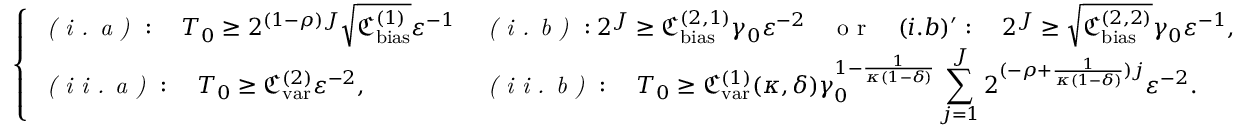
\left\{ \begin{array} { l l } { \displaystyle { \emph { ( i . a ) } : \quad T _ { 0 } \ge 2 ^ { ( 1 - \rho ) J } \sqrt { \mathfrak { C _ { \mathrm { b i a s } } ^ { ( 1 ) } } } \varepsilon ^ { - 1 } } } & { \displaystyle { \emph { ( i . b ) } : 2 ^ { J } \ge \mathfrak { C _ { \mathrm { b i a s } } ^ { ( 2 , 1 ) } } \gamma _ { 0 } \varepsilon ^ { - 2 } \quad \textnormal { o r } \quad \displaystyle { ( i . b ) ^ { \prime } } : \quad 2 ^ { J } \ge \sqrt { \mathfrak { C _ { \mathrm { b i a s } } ^ { ( 2 , 2 ) } } } \gamma _ { 0 } \varepsilon ^ { - 1 } , } } \\ { \displaystyle { \emph { ( i i . a ) } : \quad { T _ { 0 } } \ge \mathfrak { C _ { \mathrm { v a r } } ^ { ( 2 ) } } \varepsilon ^ { - 2 } , } } & { \displaystyle { \emph { ( i i . b ) } : \quad T _ { 0 } \ge \mathfrak { C _ { \mathrm { v a r } } ^ { ( 1 ) } } ( \kappa , \delta ) { \gamma _ { 0 } ^ { 1 - \frac { 1 } { \kappa ( 1 - \delta ) } } \sum _ { j = 1 } ^ { J } 2 ^ { ( - \rho + \frac { 1 } { \kappa ( 1 - \delta ) } ) j } \varepsilon ^ { - 2 } . } } } \end{array} \right.